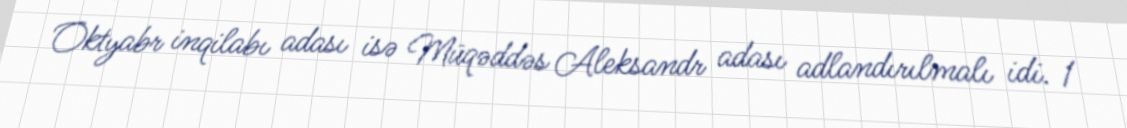
Oktyabr inqilabı adası isə Müqəddəs Aleksandr adası adlandırılmalı idi. 1